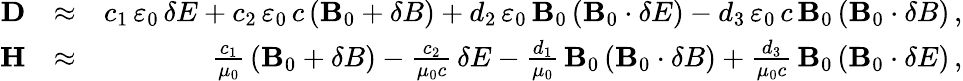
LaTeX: \begin{array}{rlr}{{\mathbf D}}&{\approx}&{c_{1}\, \varepsilon_{0}\, {\mathbf\delta E}+c_{2}\, \varepsilon_{0}\, c\left({\mathbf B}_{0}+{\mathbf\delta B}\right)+d_{2}\, \varepsilon_{0}\, {\mathbf B}_{0}\left({\mathbf B}_{0}\cdot{\mathbf\delta E}\right)-d_{3}\, \varepsilon_{0}\, c\, {\mathbf B}_{0}\left({\mathbf B}_{0}\cdot{\mathbf\delta B}\right)\, ,}\\ {{\mathbf H}}&{\approx}&{\frac{c_{1}}{\mu_{0}}\, \left({\mathbf B}_{0}+{\mathbf\delta B}\right)-\frac{c_{2}}{\mu_{0}c}\, {\mathbf\delta E}-\frac{d_{1}}{\mu_{0}}\, {\mathbf B}_{0}\left({\mathbf B}_{0}\cdot{\mathbf\delta B}\right)+\frac{d_{3}}{\mu_{0}c}\, {\mathbf B}_{0}\left({\mathbf B}_{0}\cdot{\mathbf\delta E}\right)\, ,}\end{array}